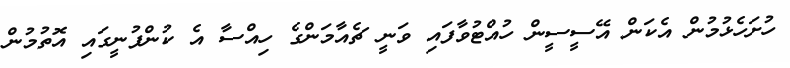
ހުށަހެޅުމުން އެކަން އޭސީސީން ހުއްޓުވާފައި ވަނީ ޗެއާމަންގެ ހިއްސާ އެ ކުންފުނީގައި އޮތުމުން